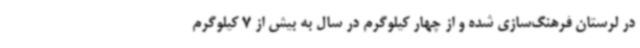
در لرستان فرهنگ‌سازی شده و از چهار کیلوگرم در سال به بیش از 7 کیلوگرم